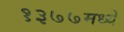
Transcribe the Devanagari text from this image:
१३७७मध्ये